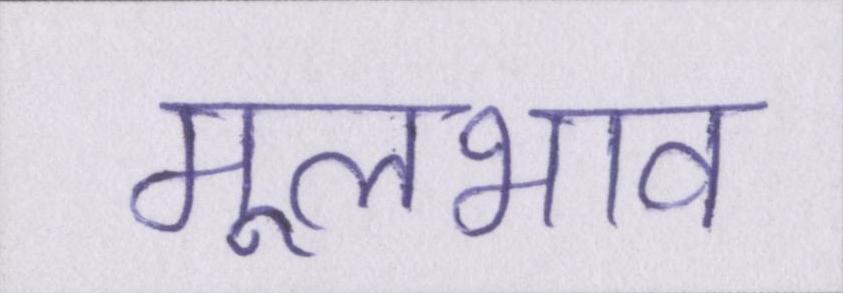
मूलभाव